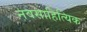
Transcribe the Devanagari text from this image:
नवसाहित्यिक